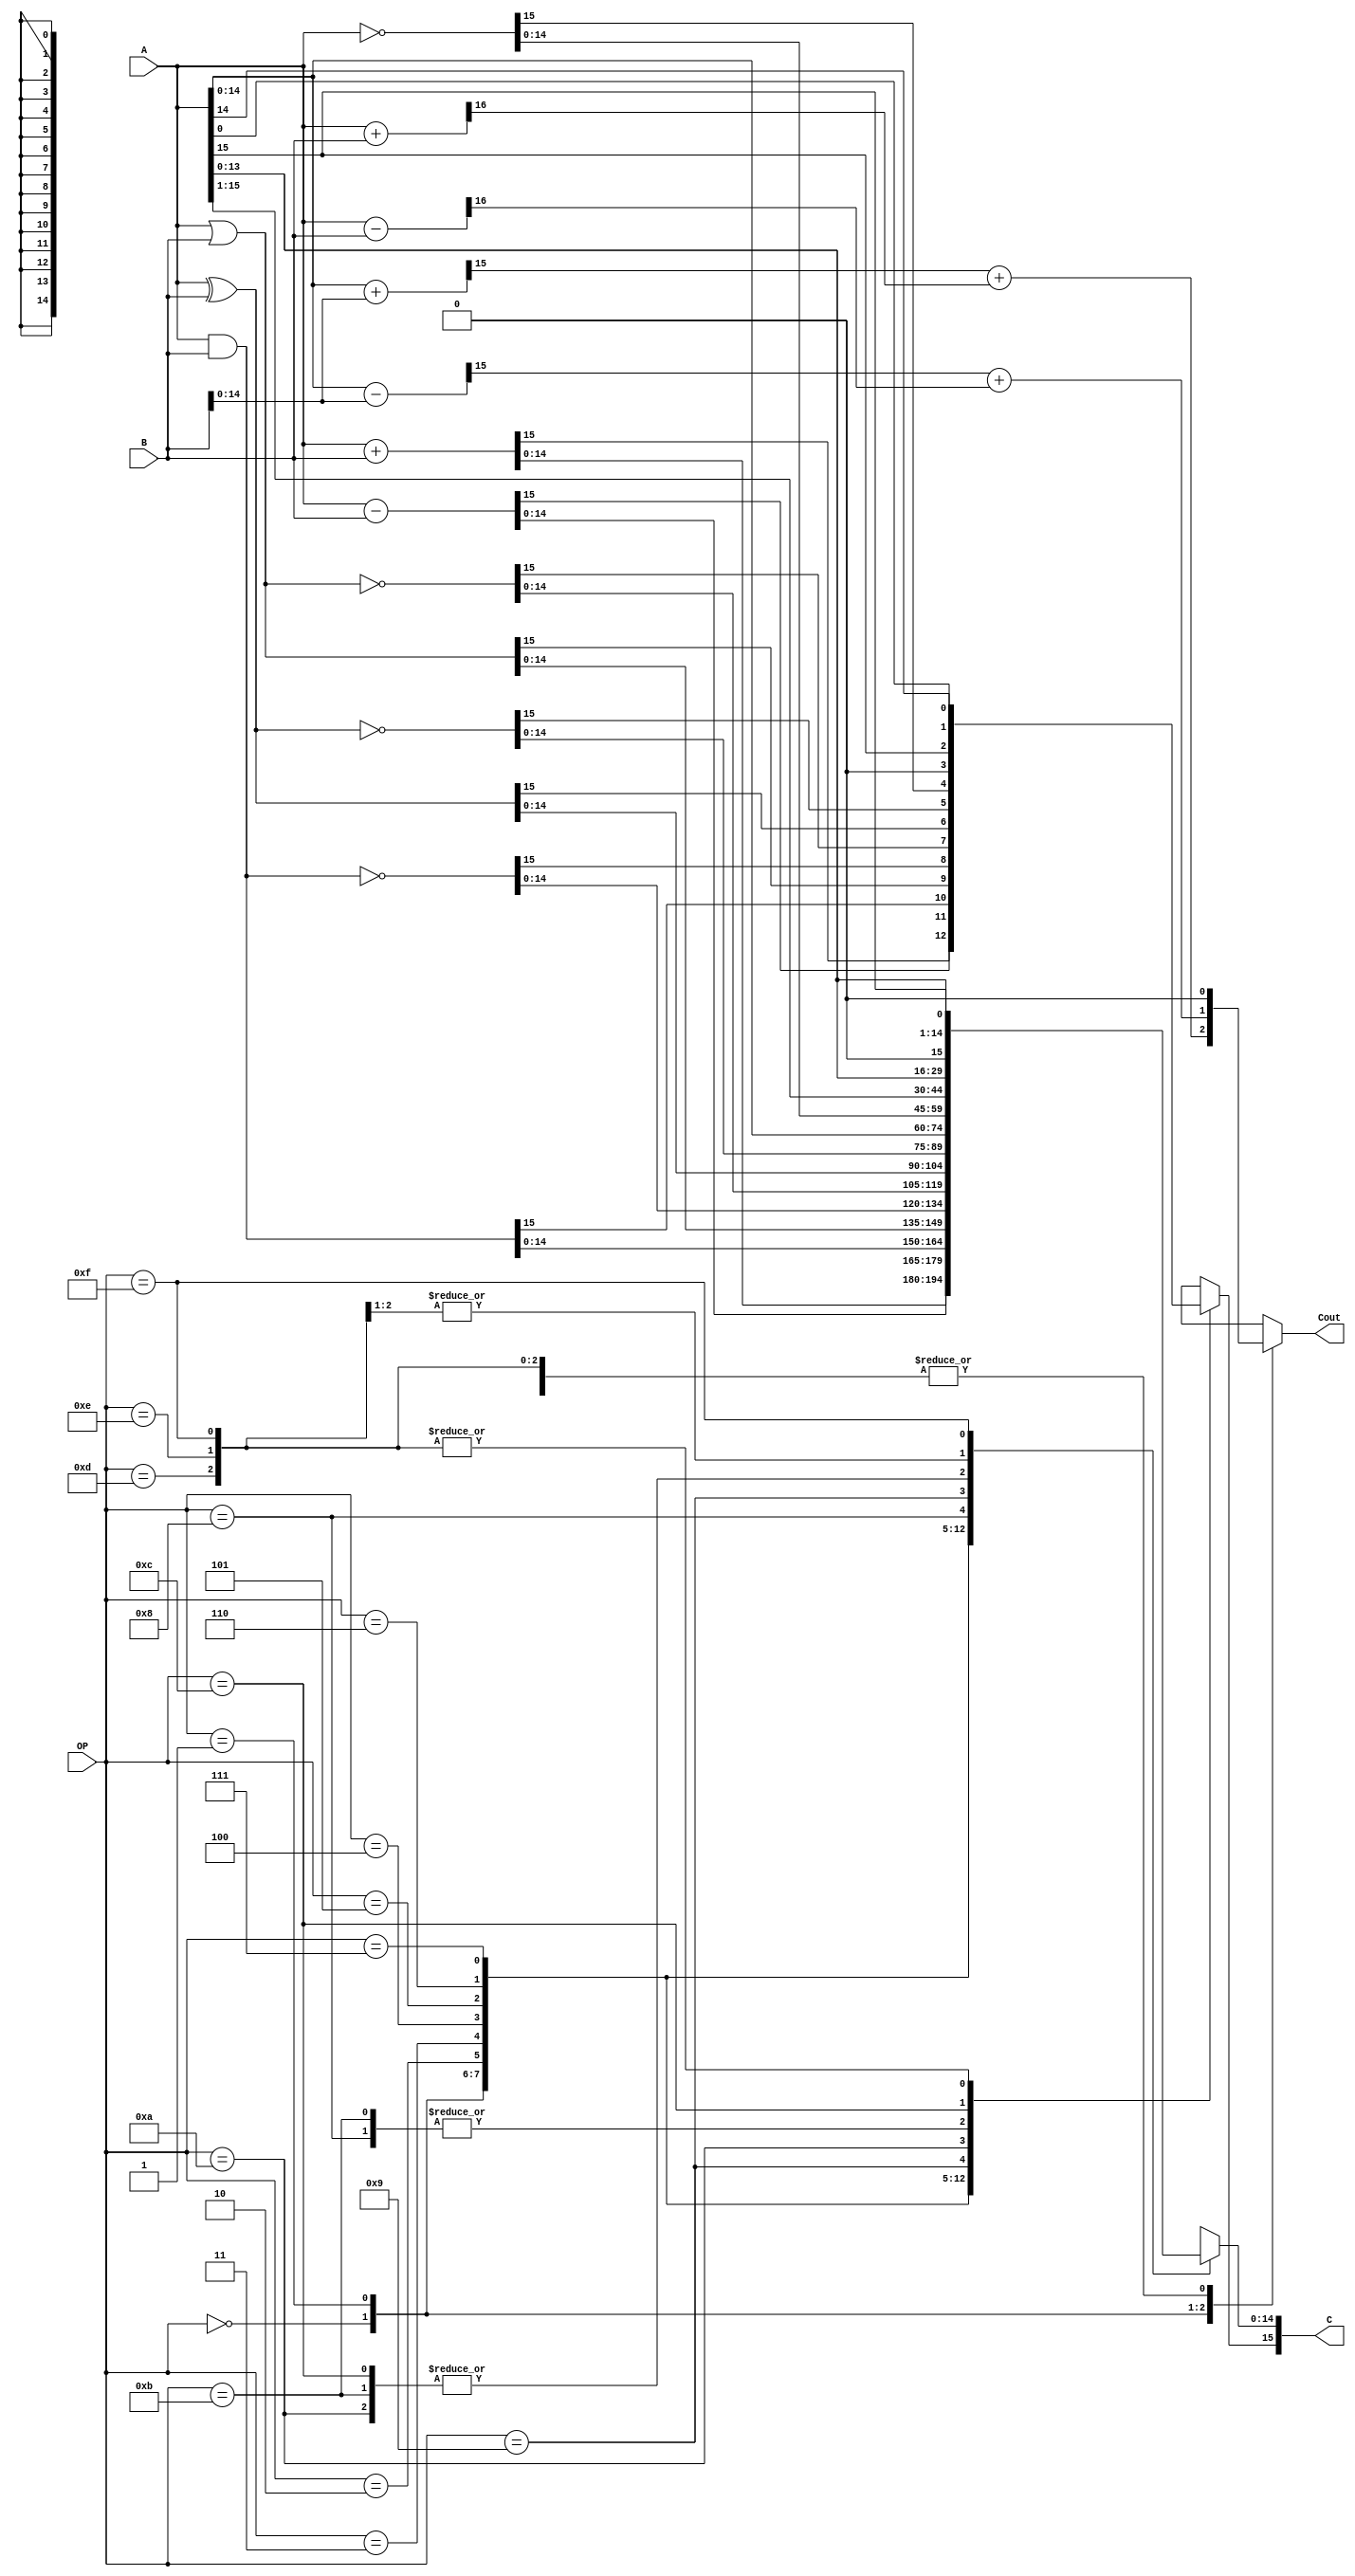
`timescale 1ns / 100ps

module ALU(A,B,OP,C,Cout);

	input [15:0]A;
	input [15:0]B;
	input [3:0]OP;
	output [15:0]C;
	output Cout;
	

	//TODO
	reg [15:0] C;  //Declaring output as a register
	reg Cout;     //Declaring overflow flag as a register
	wire [14:0] A_15, B_15; //Truncated 15-bit version of A, B
	assign A_15 = A[14:0];
	assign B_15 = B[14:0];
	reg [16:0] big_outcome; //17-bit outcome of the operation between A,B
	reg [15:0] small_outcome; //16-bit outcome of the operation between
				  //A_15, B_15
	reg C_in, C_out; //Carry_in, Carry_out

	//The operations.
	//Arithmetic Overflow happens when C_in != C_out
	always@(*)
	begin
		Cout = 0;
		case(OP)
		4'b0000:  //16-bit addition
		begin
			C = A + B;
			big_outcome = {1'b0,A} + {1'b0,B};
			small_outcome = {1'b0,A_15} + {1'b0,B_15};
			C_out = big_outcome[16];
			C_in = small_outcome[15];
			Cout = C_in + C_out; 
		end
		4'b0001:  //16-bit subtraction
		begin
			C = A - B;
			big_outcome = {1'b0,A} - {1'b0,B};
			small_outcome = {1'b0,A_15} - {1'b0,B_15};
			C_out = big_outcome[16];
			C_in = small_outcome[15];
			Cout = C_in + C_out;
		end
		4'b0010:  //16-bit and
			C = A & B;
		4'b0011:  //16-bit or
			C = A | B;
		4'b0100:  //16-bit nand
			C = ~(A & B);
		4'b0101:  //16-bit nor
			C = ~(A | B);
		4'b0110:  //16-bit xor
			C = A ^ B;
		4'b0111:  //16-bit xnor
			C = ~(A ^ B);
		4'b1000:  //Identity
			C = A;
		4'b1001:  //16-bit not
			C = ~A;
		4'b1010:  //Logical right shift
			C = A >> 1;
		4'b1011:  //Arithmetic right shift
		begin
			C = A >>> 1;
			C[15] = C[14]; //The sign bit should be preserved
		end
		4'b1100:  //Rotate right
			C = {A[0],A[15:1]};
		4'b1101:  //Logical left shift
			C = A << 1;			
		4'b1110:  //Arithmetic left shift
			C = A <<< 1;
		4'b1111:  //Rotate left
			C = {A[14:0],A[15]};	
		endcase

	end

endmodule